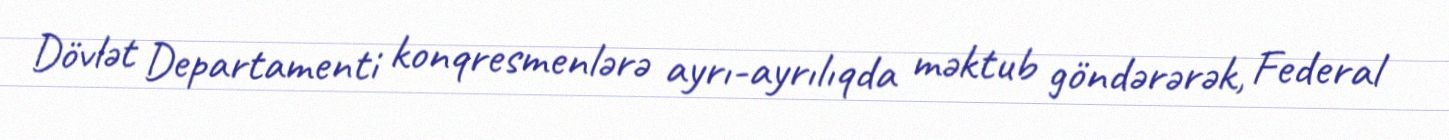
Dövlət Departamenti konqresmenlərə ayrı-ayrılıqda məktub göndərərək, Federal